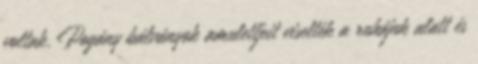
voltak. Pogány bálványok amulettjeit viselték a ruhájuk alatt és